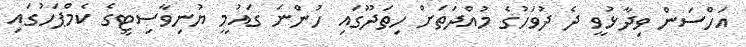
އަހްސަން ވިދާޅުވީ ދެ ދުވަހުގެ މުއްދަތަށް ހިތަދޫގައި ހުންނަ ގައުމީ ޔުނިވާސިޓީގެ ކެމްޕަހުގައި